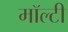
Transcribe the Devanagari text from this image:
मॉल्टी